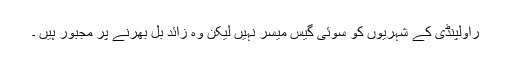
راولپنڈی کے شہریوں کو سوئی گیس میسر نہیں لیکن وہ زائد بل بھرنے پر مجبور ہیں ۔